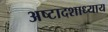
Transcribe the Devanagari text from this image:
अष्टादशाध्याय